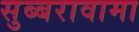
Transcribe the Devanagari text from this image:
सुब्बरावामा